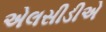
એલસીડીએ